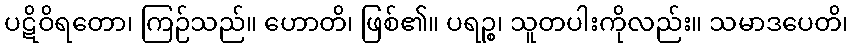
ပဋိဝိရတော၊ ကြဉ်သည်။ ဟောတိ၊ ဖြစ်၏။ ပရဉ္စ၊ သူတပါးကိုလည်း။ သမာဒပေတိ၊